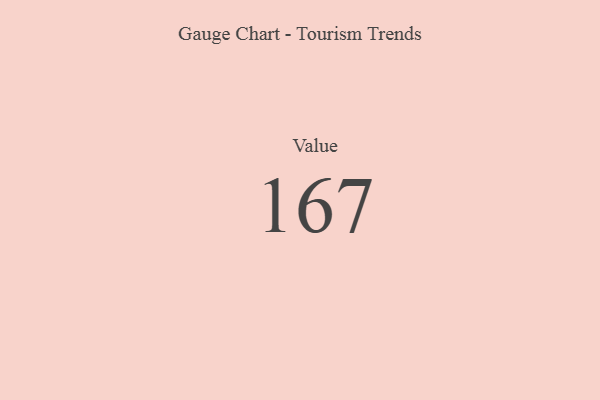
{"axis": {"x": "Metric", "y": "Value"}, "legend": [""], "data": [{"x": "Value", "y": 167, "type": ""}]}